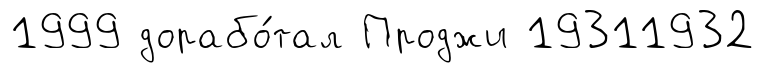
1999 дорабо́тал Проджи 19311932